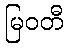
မြဝတီ